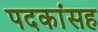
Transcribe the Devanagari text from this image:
पदकांसह